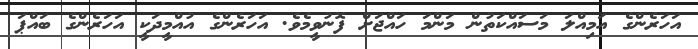
އަހަރެންގެ އަމިއްލަ މަސައްކަތުން މަންމަ ހައްޖަށް ފޮނުވީމެވެ. އަހަރެންގެ އުއްމީދަކީ އަހަރެންގެ ބައްޕަ